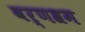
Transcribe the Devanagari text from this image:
वर्णश्रम